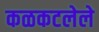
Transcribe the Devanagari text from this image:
कळकटलेले